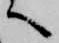
へ